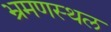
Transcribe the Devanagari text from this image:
भ्रमणस्‍थल